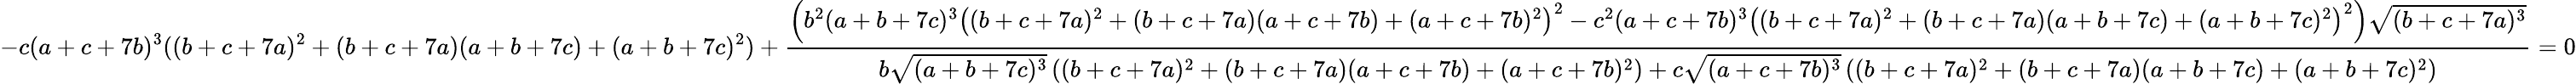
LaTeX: -c(a+c+7b)^{3}((b+c+7a)^{2}+(b+c+7a)(a+b+7c)+(a+b+7c)^{2})+\frac{\left(b^{2}(a+b+7c)^{3}\left((b+c+7a)^{2}+(b+c+7a)(a+c+7b)+(a+c+7b)^{2}\right)^{2}-c^{2}(a+c+7b)^{3}\left((b+c+7a)^{2}+(b+c+7a)(a+b+7c)+(a+b+7c)^{2}\right)^{2}\right)\sqrt{(b+c+7a)^{3}}}{b\sqrt{(a+b+7c)^{3}}\left((b+c+7a)^{2}+(b+c+7a)(a+c+7b)+(a+c+7b)^{2}\right)+c\sqrt{(a+c+7b)^{3}}\left((b+c+7a)^{2}+(b+c+7a)(a+b+7c)+(a+b+7c)^{2}\right)}=0